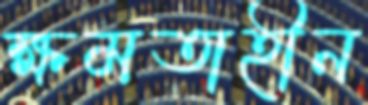
ক্ষমতাহীন